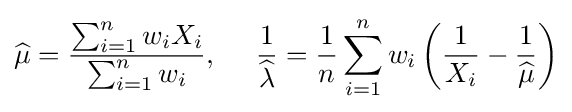
{\widehat {\mu }}={\frac {\sum _{i=1}^{n}w_{i}X_{i}}{\sum _{i=1}^{n}w_{i}}},\,\,\,\,\,\,\,\,{\frac {1}{\widehat {\lambda }}}={\frac {1}{n}}\sum _{i=1}^{n}w_{i}\left({\frac {1}{X_{i}}}-{\frac {1}{\widehat {\mu }}}\right)